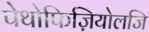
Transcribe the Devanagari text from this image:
पेथोफिज़ियोलजि